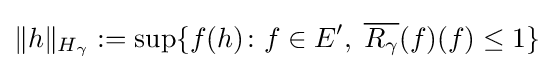
\|h\|_{H_{\gamma }}:=\sup\{f(h)\colon f\in E',\;{\overline {R_{\gamma }}}(f)(f)\leq 1\}